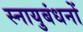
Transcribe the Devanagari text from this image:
स्नायुबंधनों